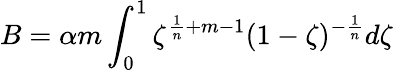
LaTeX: B=\alpha m\int_{0}^{1}\zeta^{\frac{1}{n}+m-1}(1-\zeta)^{-\frac{1}{n}}d\zeta